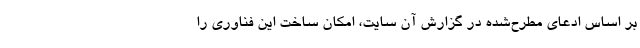
بر اساس ادعای مطرح‌شده در گزارش آن سایت، امکان ساخت این فناوری را